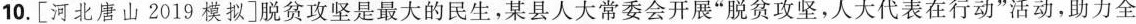
10.[河北唐山2019模拟]脱贫攻坚是最大的民生，某县人大常委会开展”脱贫攻坚，人大代表在行动”活动，助力全